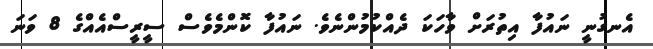
އެނގުނީ ނައުފާ އިތުރަށް ވާހަކަ ދެއްކުމުންނެވެ. ނައުފާ ކޮންމެވެސް ސީރީސްއެއްގެ 8 ވަނަ